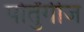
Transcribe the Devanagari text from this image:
पोर्तुंगीज